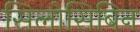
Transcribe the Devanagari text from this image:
सिलोसिबिन